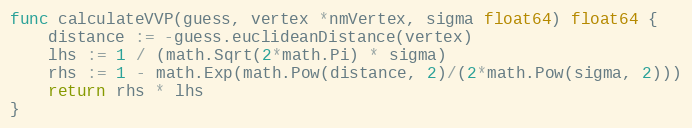
Language: Go
func calculateVVP(guess, vertex *nmVertex, sigma float64) float64 {
	distance := -guess.euclideanDistance(vertex)
	lhs := 1 / (math.Sqrt(2*math.Pi) * sigma)
	rhs := 1 - math.Exp(math.Pow(distance, 2)/(2*math.Pow(sigma, 2)))
	return rhs * lhs
}